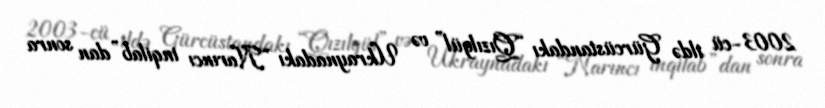
2003-cü ildə Gürcüstandakı “Qızılgül” və Ukraynadakı “Narıncı inqilab”dan sonra